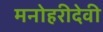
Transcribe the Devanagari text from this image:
मनोहरीदेवी